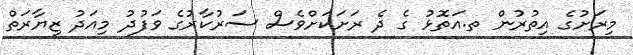
މިރަށުގެ އިތުރުން ތ.އަތޮޅު ގެ ދެ ރަށަކަށްވެސް ސަރުކާރުގެ ވަފުދު މިއަދު ޒިޔާރަތް